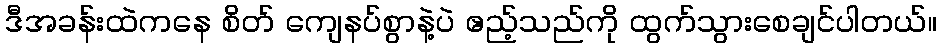
ဒီအခန်းထဲကနေ စိတ် ကျေနပ်စွာနဲ့ပဲ ဧည့်သည်ကို ထွက်သွားစေချင်ပါတယ်။